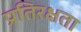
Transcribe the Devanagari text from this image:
प्रतिरक्षता